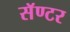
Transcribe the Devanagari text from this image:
सॅण्टर